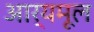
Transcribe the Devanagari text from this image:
आर्यमूल